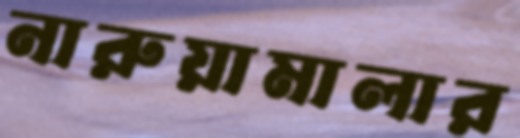
নারুয়ামালার